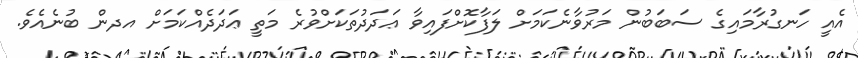
އެއީ ހަނގުރާމައިގެ ސަބަބުން މަރުވާނެކަމަށް ލަފާކޮށްފައިވާ ޢަދަދުތަކަށްވުރެ މަތީ ޢަދަދެއްކަމަށް އދން ބުނެއެވެ.